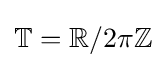
\mathbb {T} =\mathbb {R} /2\pi \mathbb {Z}